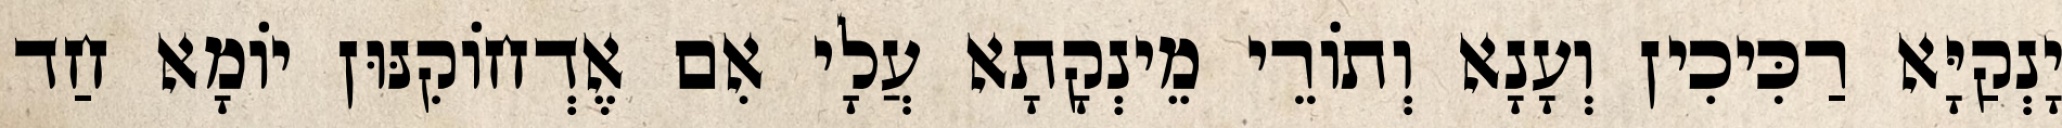
יָנְקַיָּא רַכִּיכִין וְעָנָא וְתוֹרֵי מֵינְקָתָא עֲלָי אִם אֶדְחוֹקִנּוּן יוֹמָא חַד